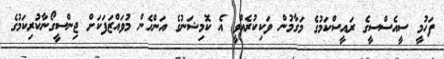
ފަހުމީ ސީއެސްސީގެ ރައީސްކަމުގެ މަގާމުން ވަކިކުރެއްވީ އެ ކޮމިޝަނުގެ އަންހެން މުވައްޒަފަކަށް ޖިންސީގޯނާކުރިކަމުގެ